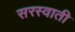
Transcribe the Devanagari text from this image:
सरस्वाती